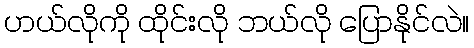
ဟယ်လိုကို ထိုင်းလို ဘယ်လို ပြောနိုင်လဲ။